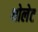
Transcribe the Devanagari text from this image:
थोलेट